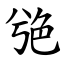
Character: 䒊